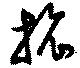
旅